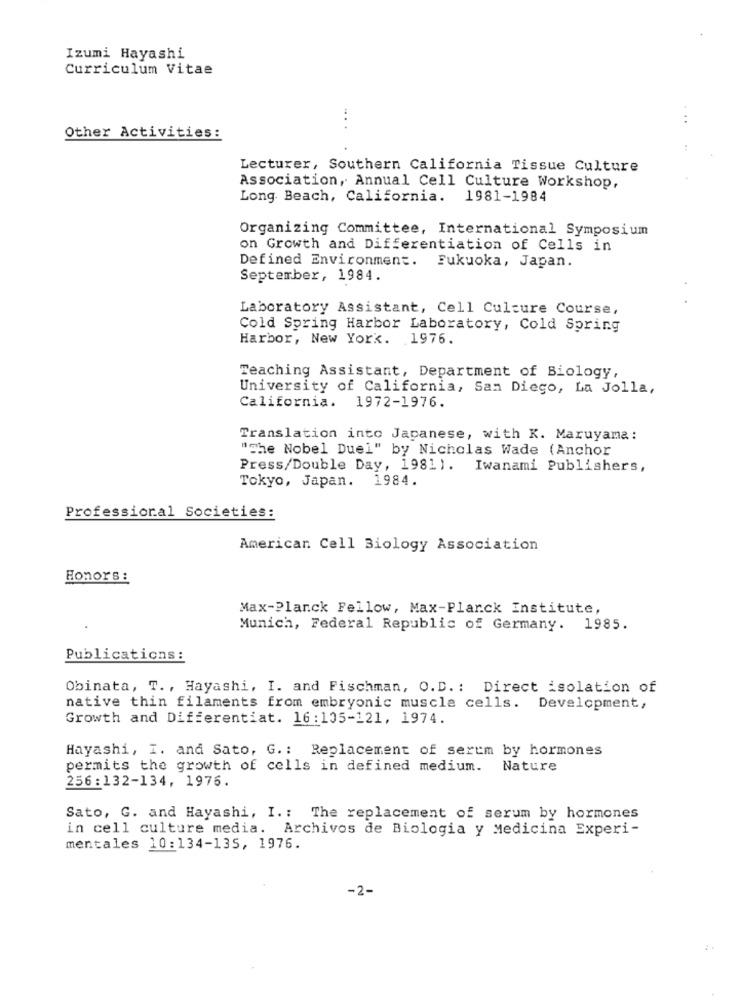
Izumi Hayashi
Curriculum Vitae
....
Other Activities:
Lecturer, Southern California Tissue Culture
Association, Annual Cell Culture Workshop,
Long Beach, California. 1981-1984
Organizing Committee, International Symposium
on Growth and Differentiation of Cells in
Defined Environment. Fukuoka, Japan.
September, 1984.
Laboratory Assistant, Cell Culture Course,
Cold Spring Harbor Laboratory, Cold Spring
Harbor, New York. 1976.
Teaching Assistant, Department of Biology,
University of California, San Diego, La Jolla,
California. 1972-1976.
Translation into Japanese, with K. Maruyama:
"The Nobel Duel" by Nicholas Wade (Anchor
Press/Double Day, 1981). Iwanami Publishers,
Tokyo, Japan. 1984.
Professional Societies:
American Cell Biology Association
Honors:
Max-Planck Fellow, Max-Planck Institute,
Munich, Federal Republic of Germany. 1985.
Publications:
Obinata, T ., Hayashi, I. and Fischman, O.D .: Direct isolation of
native thin filaments from embryonic muscle cells. Development,
Growth and Differentiat. 16:105-121, 1974.
Hayashi, I. and Sato, G .: Replacement of serum by hormones
permits the growth of cells in defined medium.
Nature
256:132-134, 1976.
Sato, G. and Hayashi, I .: The replacement of serum by hormones
in cell culture media. Archivos de Biologia y Medicina Experi-
mentales 10:134-135, 1976.
-2-